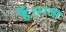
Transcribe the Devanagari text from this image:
हैं।राजा